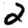
Digit: 2